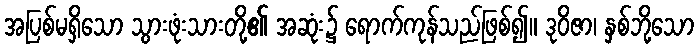
အပြစ်မရှိသော သွားဖုံးသားတို့၏ အဆုံး၌ ရောက်ကုန်သည်ဖြစ်၍။ ဒုဝိဇာ၊ နှစ်ဘို့သော